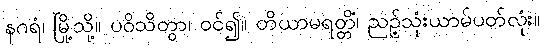
နဂရံ၊ မြို့သို့။ ပဝိသိတွာ၊ ဝင်၍။ တိယာမရတ္တိံ၊ ညဉ့်သုံးယာမ်ပတ်လုံး။